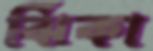
ঝিঁকা